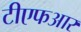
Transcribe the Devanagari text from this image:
टीएफआर